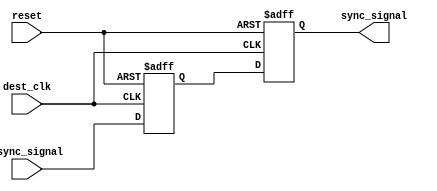
module dual_flip_flop_synchronizer (
    input wire async_signal,   // Asynchronous input signal from async clock domain
    input wire dest_clk,       // Destination clock for the synchronizer
    input wire reset,          // Optional reset signal
    output reg sync_signal      // Synchronized output signal
);

// Internal flip-flop registers
reg ff1; // First flip-flop output

always @(posedge dest_clk or posedge reset) begin
    if (reset) begin
        ff1 <= 1'b0;          // Initialize FF1 to known state on reset
        sync_signal <= 1'b0;  // Initialize sync_signal to known state on reset
    end else begin
        ff1 <= async_signal;  // Sample async_signal on rising edge of dest_clk
        sync_signal <= ff1;   // Pass the output of FF1 to sync_signal
    end
end

endmodule